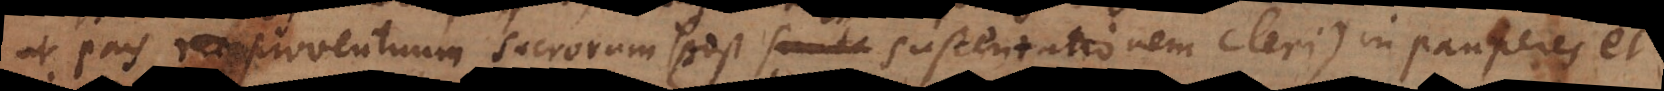
ut pars proventuum sacrorum (post sustentationem cleri) in pauperes et